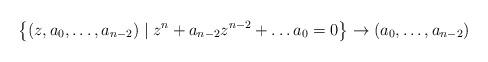
LaTeX: \begin{align*} \left\{ (z,a_{0}, \dots ,a_{n-2}) \mid z^{n} + a_{n-2}z^{n-2} + \dots a_{0}=0 \right\} \to (a_{0}, \dots ,a_{n-2}) \end{align*}